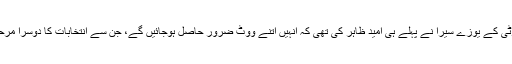
سوشل ڈیموکریٹک پارٹی کے یوزے سیرا نے پہلے ہی اُمید ظاہر کی تھی کہ انہیں اتنے ووٹ ضرور حاصل ہوجائیں گے، جن سے انتخابات کا دوسرا مرحلہ ناگزیر ہو جائے گا۔